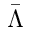
\bar { \Lambda }